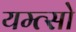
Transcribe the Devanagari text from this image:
यम्त्सो